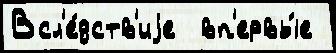
Всл'е́дств'иjе  вп'ервы́е